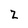
Character: Z